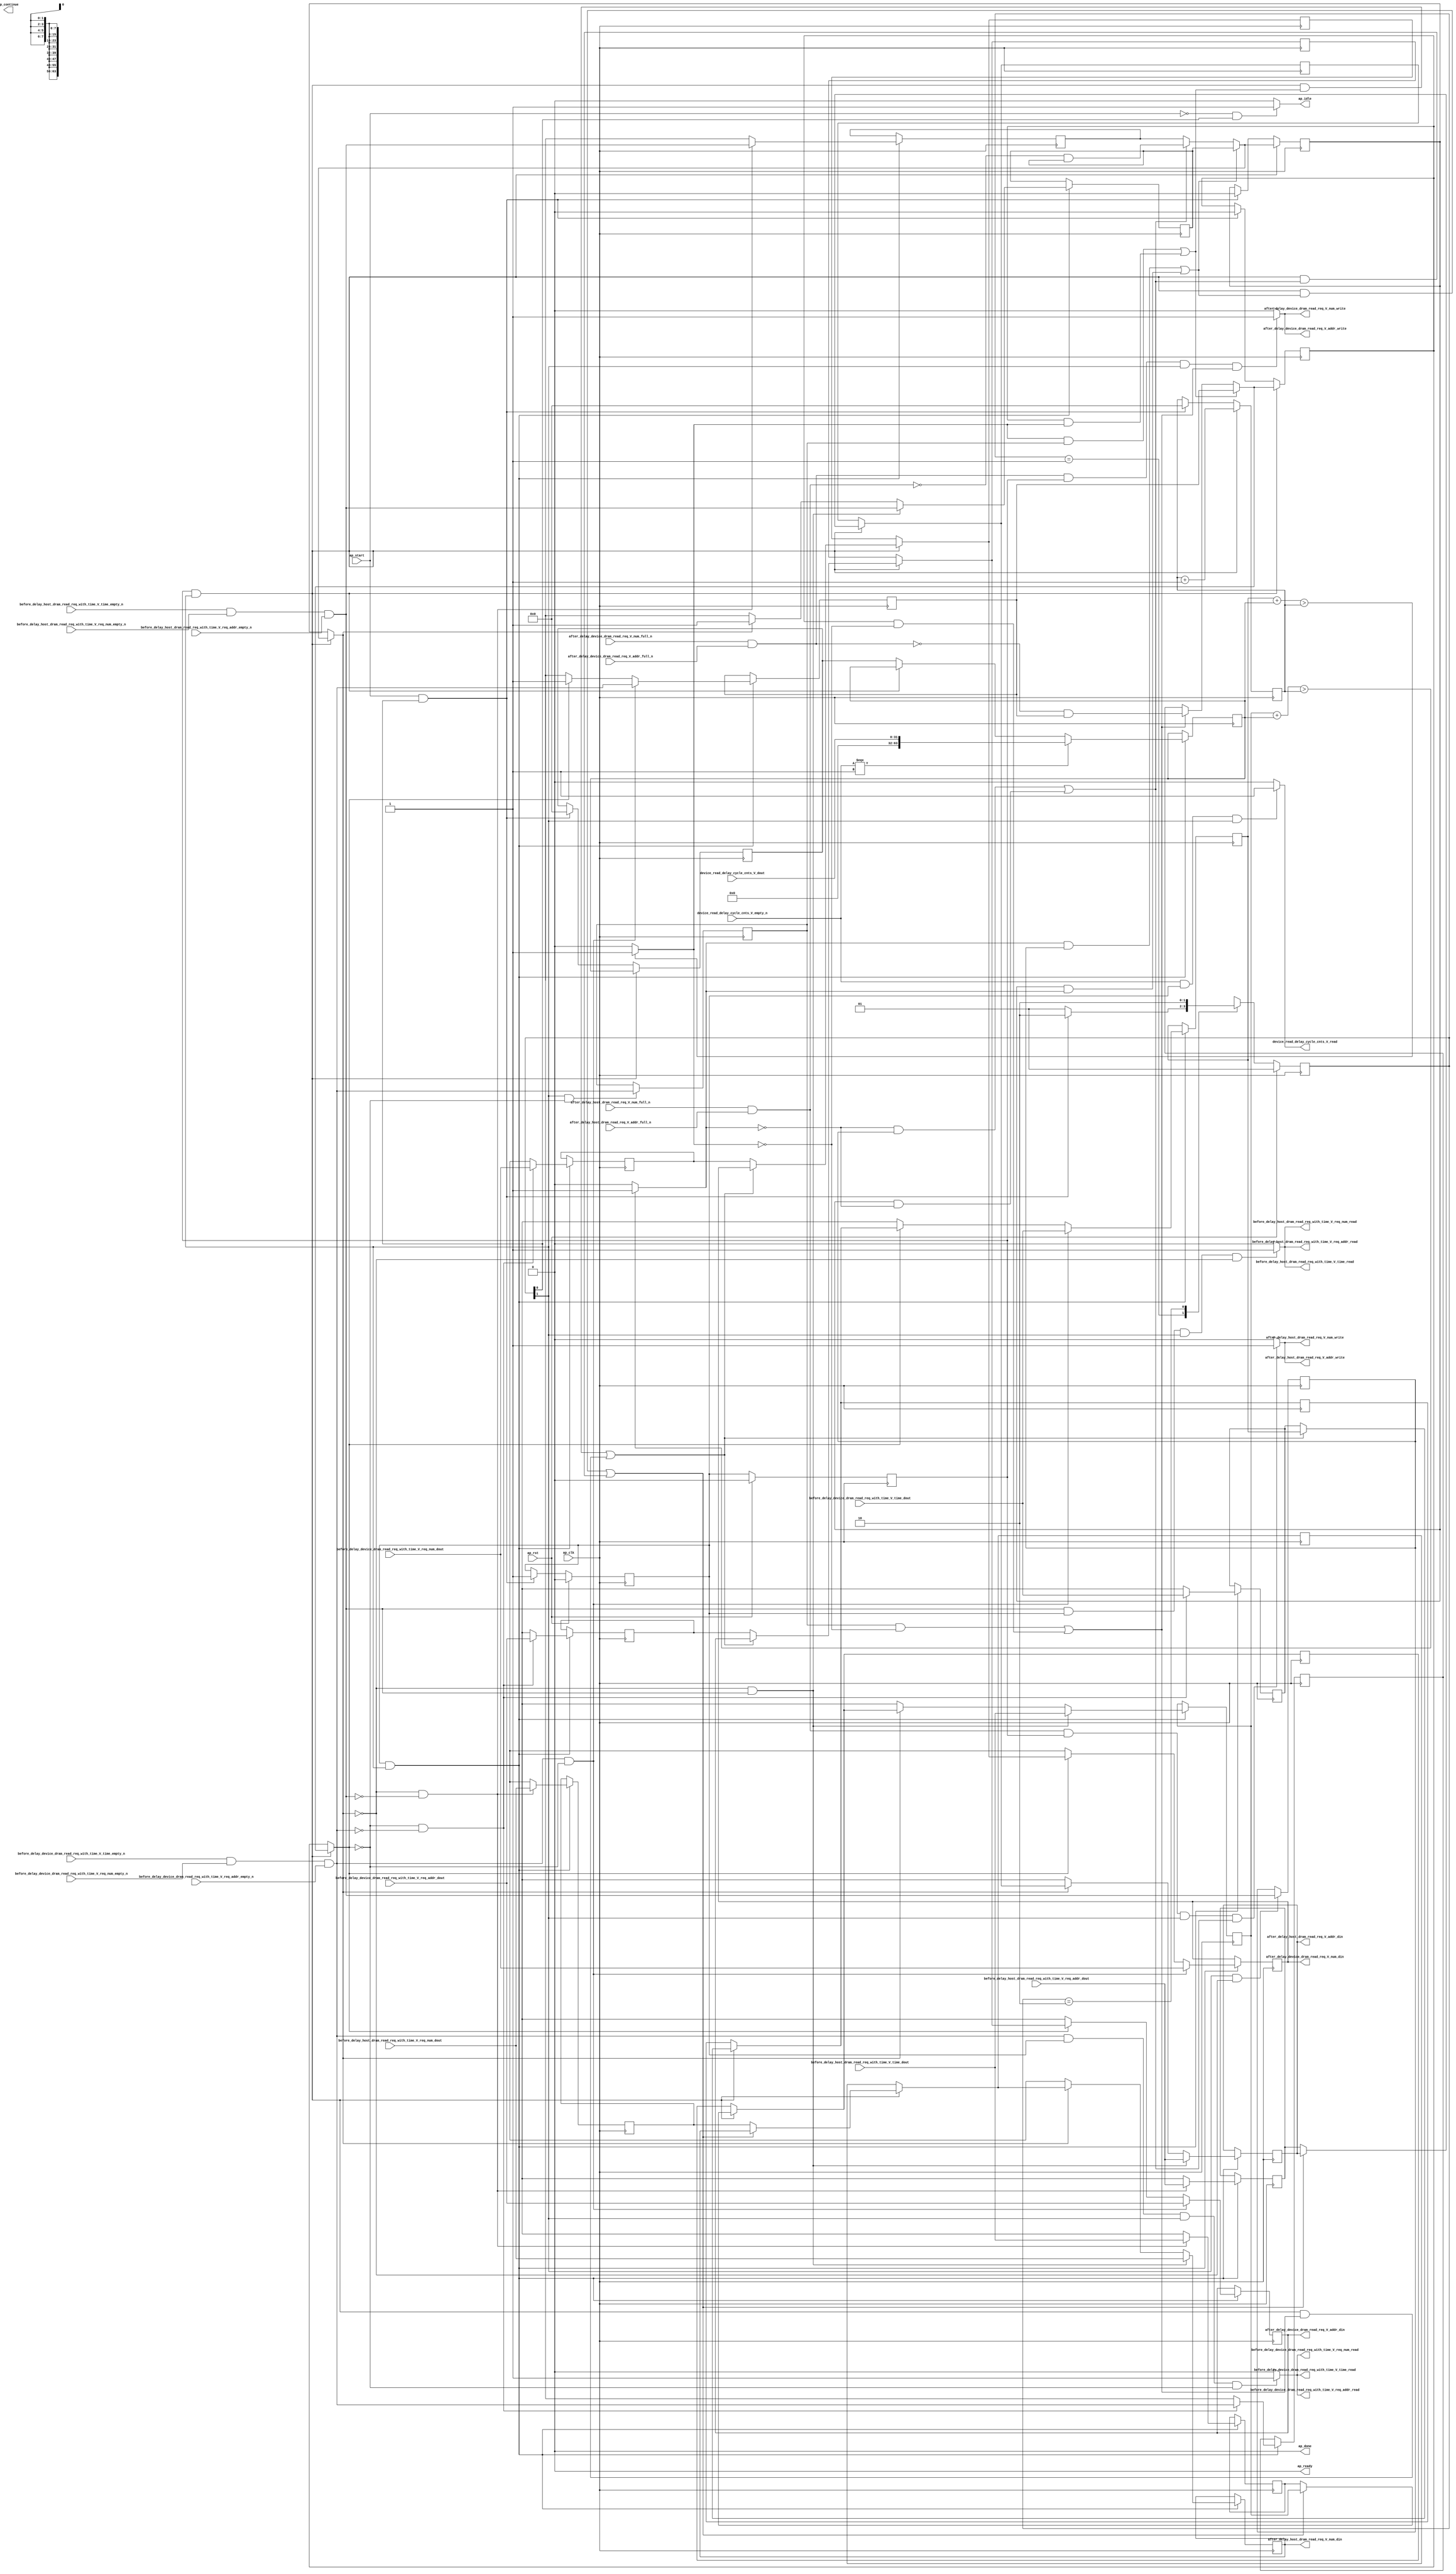
// ==============================================================
// RTL generated by Vivado(TM) HLS - High-Level Synthesis from C, C++ and SystemC
// Version: 2017.4.op
// Copyright (C) 1986-2018 Xilinx, Inc. All Rights Reserved.
// 
// ===========================================================

`timescale 1 ns / 1 ps 

(* CORE_GENERATION_INFO="dram_read_delay_unit,hls_ip_2017_4_op,{HLS_INPUT_TYPE=cxx,HLS_INPUT_FLOAT=0,HLS_INPUT_FIXED=0,HLS_INPUT_PART=xcvu9p-flgb2104-2-i,HLS_INPUT_CLOCK=4.000000,HLS_INPUT_ARCH=others,HLS_SYN_CLOCK=2.829250,HLS_SYN_LAT=-1,HLS_SYN_TPT=none,HLS_SYN_MEM=0,HLS_SYN_DSP=0,HLS_SYN_FF=1020,HLS_SYN_LUT=887}" *)

module dram_read_delay_unit (
        ap_clk,
        ap_rst,
        ap_start,
        ap_done,
ap_continue,
        ap_idle,
        ap_ready,
        device_read_delay_cycle_cnts_V_dout,
        device_read_delay_cycle_cnts_V_empty_n,
        device_read_delay_cycle_cnts_V_read,
        before_delay_host_dram_read_req_with_time_V_req_num_dout,
        before_delay_host_dram_read_req_with_time_V_req_num_empty_n,
        before_delay_host_dram_read_req_with_time_V_req_num_read,
        before_delay_host_dram_read_req_with_time_V_req_addr_dout,
        before_delay_host_dram_read_req_with_time_V_req_addr_empty_n,
        before_delay_host_dram_read_req_with_time_V_req_addr_read,
        before_delay_host_dram_read_req_with_time_V_time_dout,
        before_delay_host_dram_read_req_with_time_V_time_empty_n,
        before_delay_host_dram_read_req_with_time_V_time_read,
        after_delay_host_dram_read_req_V_num_din,
        after_delay_host_dram_read_req_V_num_full_n,
        after_delay_host_dram_read_req_V_num_write,
        after_delay_host_dram_read_req_V_addr_din,
        after_delay_host_dram_read_req_V_addr_full_n,
        after_delay_host_dram_read_req_V_addr_write,
        before_delay_device_dram_read_req_with_time_V_req_num_dout,
        before_delay_device_dram_read_req_with_time_V_req_num_empty_n,
        before_delay_device_dram_read_req_with_time_V_req_num_read,
        before_delay_device_dram_read_req_with_time_V_req_addr_dout,
        before_delay_device_dram_read_req_with_time_V_req_addr_empty_n,
        before_delay_device_dram_read_req_with_time_V_req_addr_read,
        before_delay_device_dram_read_req_with_time_V_time_dout,
        before_delay_device_dram_read_req_with_time_V_time_empty_n,
        before_delay_device_dram_read_req_with_time_V_time_read,
        after_delay_device_dram_read_req_V_num_din,
        after_delay_device_dram_read_req_V_num_full_n,
        after_delay_device_dram_read_req_V_num_write,
        after_delay_device_dram_read_req_V_addr_din,
        after_delay_device_dram_read_req_V_addr_full_n,
        after_delay_device_dram_read_req_V_addr_write
);

parameter    ap_ST_fsm_state1 = 2'd1;
parameter    ap_ST_fsm_pp0_stage0 = 2'd2;

input   ap_clk;
input   ap_rst;
input   ap_start;
output   ap_done;
output   ap_idle;
output ap_ready; output ap_continue;
input  [31:0] device_read_delay_cycle_cnts_V_dout;
input   device_read_delay_cycle_cnts_V_empty_n;
output   device_read_delay_cycle_cnts_V_read;
input  [7:0] before_delay_host_dram_read_req_with_time_V_req_num_dout;
input   before_delay_host_dram_read_req_with_time_V_req_num_empty_n;
output   before_delay_host_dram_read_req_with_time_V_req_num_read;
input  [63:0] before_delay_host_dram_read_req_with_time_V_req_addr_dout;
input   before_delay_host_dram_read_req_with_time_V_req_addr_empty_n;
output   before_delay_host_dram_read_req_with_time_V_req_addr_read;
input  [63:0] before_delay_host_dram_read_req_with_time_V_time_dout;
input   before_delay_host_dram_read_req_with_time_V_time_empty_n;
output   before_delay_host_dram_read_req_with_time_V_time_read;
output  [7:0] after_delay_host_dram_read_req_V_num_din;
input   after_delay_host_dram_read_req_V_num_full_n;
output   after_delay_host_dram_read_req_V_num_write;
output  [63:0] after_delay_host_dram_read_req_V_addr_din;
input   after_delay_host_dram_read_req_V_addr_full_n;
output   after_delay_host_dram_read_req_V_addr_write;
input  [7:0] before_delay_device_dram_read_req_with_time_V_req_num_dout;
input   before_delay_device_dram_read_req_with_time_V_req_num_empty_n;
output   before_delay_device_dram_read_req_with_time_V_req_num_read;
input  [63:0] before_delay_device_dram_read_req_with_time_V_req_addr_dout;
input   before_delay_device_dram_read_req_with_time_V_req_addr_empty_n;
output   before_delay_device_dram_read_req_with_time_V_req_addr_read;
input  [63:0] before_delay_device_dram_read_req_with_time_V_time_dout;
input   before_delay_device_dram_read_req_with_time_V_time_empty_n;
output   before_delay_device_dram_read_req_with_time_V_time_read;
output  [7:0] after_delay_device_dram_read_req_V_num_din;
input   after_delay_device_dram_read_req_V_num_full_n;
output   after_delay_device_dram_read_req_V_num_write;
output  [63:0] after_delay_device_dram_read_req_V_addr_din;
input   after_delay_device_dram_read_req_V_addr_full_n;
output   after_delay_device_dram_read_req_V_addr_write;

reg ap_idle;
reg device_read_delay_cycle_cnts_V_read;

(* fsm_encoding = "none" *) reg   [1:0] ap_CS_fsm;
wire    ap_CS_fsm_state1;
reg   [63:0] p_010_1_s_reg_248;
reg   [63:0] p_010_0_1_s_reg_260;
reg   [7:0] p_010_0_0_s_reg_272;
reg   [63:0] p_011_1_s_reg_284;
reg   [63:0] p_011_0_1_s_reg_296;
reg   [7:0] p_011_0_0_s_reg_308;
reg   [63:0] delay_cycle_cnt_reg_320;
reg   [0:0] valid_host_read_req_with_time_reg_331;
reg   [0:0] valid_device_read_req_with_time_reg_343;
reg   [63:0] time_reg_355;
wire   [63:0] delay_cycle_cnt_1_fu_580_p3;
reg   [63:0] delay_cycle_cnt_1_reg_674;
wire    ap_CS_fsm_pp0_stage0;
reg    ap_enable_reg_pp0_iter0;
wire    ap_block_state2_pp0_stage0_iter0;
wire    ap_block_state3_pp0_stage0_iter1;
wire    ap_block_pp0_stage0_11001;
wire   [0:0] empty_n_5_fu_588_p1;
reg   [0:0] empty_n_5_reg_681;
reg   [0:0] ap_phi_mux_valid_host_read_req_with_time_phi_fu_335_p4;
wire   [0:0] empty_n_6_fu_604_p1;
reg   [0:0] empty_n_6_reg_705;
reg   [0:0] ap_phi_mux_valid_device_read_req_with_time_phi_fu_347_p4;
wire   [63:0] time_1_fu_620_p2;
reg    ap_enable_reg_pp0_iter1;
wire    ap_block_pp0_stage0_subdone;
reg   [63:0] ap_phi_mux_p_010_1_2_phi_fu_513_p6;
reg   [63:0] ap_phi_mux_p_010_1_s_phi_fu_252_p4;
wire    ap_block_pp0_stage0;
reg   [63:0] ap_phi_mux_p_010_0_1_2_phi_fu_528_p6;
reg   [63:0] ap_phi_mux_p_010_0_1_s_phi_fu_264_p4;
reg   [7:0] ap_phi_mux_p_010_0_0_2_phi_fu_543_p6;
reg   [7:0] ap_phi_mux_p_010_0_0_s_phi_fu_276_p4;
reg   [63:0] ap_phi_mux_p_011_1_2_phi_fu_412_p6;
reg   [63:0] ap_phi_mux_p_011_1_s_phi_fu_288_p4;
reg   [63:0] ap_phi_mux_p_011_0_1_2_phi_fu_427_p6;
reg   [63:0] ap_phi_mux_p_011_0_1_s_phi_fu_300_p4;
reg   [7:0] ap_phi_mux_p_011_0_0_2_phi_fu_442_p6;
reg   [7:0] ap_phi_mux_p_011_0_0_s_phi_fu_312_p4;
reg   [63:0] ap_phi_mux_delay_cycle_cnt_phi_fu_324_p4;
reg   [0:0] ap_phi_mux_valid_host_read_req_with_time_4_phi_fu_457_p6;
reg   [0:0] ap_phi_mux_valid_device_read_req_with_time_4_phi_fu_558_p6;
wire   [63:0] ap_phi_reg_pp0_iter0_p_011_1_1_reg_366;
reg   [63:0] ap_phi_reg_pp0_iter1_p_011_1_1_reg_366;
wire   [63:0] ap_phi_reg_pp0_iter0_tmp_addr_reg_376;
reg   [63:0] ap_phi_reg_pp0_iter1_tmp_addr_reg_376;
wire   [7:0] ap_phi_reg_pp0_iter0_tmp_num_reg_387;
reg   [7:0] ap_phi_reg_pp0_iter1_tmp_num_reg_387;
wire   [0:0] ap_phi_reg_pp0_iter0_valid_host_read_req_with_time_1_reg_398;
reg   [0:0] ap_phi_reg_pp0_iter1_valid_host_read_req_with_time_1_reg_398;
reg   [63:0] ap_phi_reg_pp0_iter1_p_011_1_2_reg_408;
wire   [0:0] tmp_4_fu_631_p2;
wire   [63:0] ap_phi_reg_pp0_iter0_p_011_1_2_reg_408;
reg   [63:0] ap_phi_reg_pp0_iter1_p_011_0_1_2_reg_423;
wire   [63:0] ap_phi_reg_pp0_iter0_p_011_0_1_2_reg_423;
reg   [7:0] ap_phi_reg_pp0_iter1_p_011_0_0_2_reg_438;
wire   [7:0] ap_phi_reg_pp0_iter0_p_011_0_0_2_reg_438;
wire   [0:0] p_valid_host_read_req_with_time_1_fu_643_p2;
reg   [0:0] ap_phi_reg_pp0_iter1_valid_host_read_req_with_time_4_reg_453;
wire   [0:0] ap_phi_reg_pp0_iter0_valid_host_read_req_with_time_4_reg_453;
wire   [63:0] ap_phi_reg_pp0_iter0_p_010_1_1_reg_467;
reg   [63:0] ap_phi_reg_pp0_iter1_p_010_1_1_reg_467;
wire   [63:0] ap_phi_reg_pp0_iter0_tmp_addr_1_reg_477;
reg   [63:0] ap_phi_reg_pp0_iter1_tmp_addr_1_reg_477;
wire   [7:0] ap_phi_reg_pp0_iter0_tmp_num_1_reg_488;
reg   [7:0] ap_phi_reg_pp0_iter1_tmp_num_1_reg_488;
wire   [0:0] ap_phi_reg_pp0_iter0_valid_device_read_req_with_time_1_reg_499;
reg   [0:0] ap_phi_reg_pp0_iter1_valid_device_read_req_with_time_1_reg_499;
reg   [63:0] ap_phi_reg_pp0_iter1_p_010_1_2_reg_509;
wire   [0:0] tmp_8_fu_655_p2;
wire   [63:0] ap_phi_reg_pp0_iter0_p_010_1_2_reg_509;
reg   [63:0] ap_phi_reg_pp0_iter1_p_010_0_1_2_reg_524;
wire   [63:0] ap_phi_reg_pp0_iter0_p_010_0_1_2_reg_524;
reg   [7:0] ap_phi_reg_pp0_iter1_p_010_0_0_2_reg_539;
wire   [7:0] ap_phi_reg_pp0_iter0_p_010_0_0_2_reg_539;
wire   [0:0] p_valid_device_read_req_with_time_1_fu_667_p2;
reg   [0:0] ap_phi_reg_pp0_iter1_valid_device_read_req_with_time_4_reg_554;
wire   [0:0] ap_phi_reg_pp0_iter0_valid_device_read_req_with_time_4_reg_554;
reg    before_delay_host_dram_read_req_with_time_V_time0_update;
wire   [0:0] empty_n_3_nbread_fu_208_p4_0;
reg    before_delay_device_dram_read_req_with_time_V_time0_update;
wire   [0:0] empty_n_4_nbread_fu_218_p4_0;
reg    after_delay_host_dram_read_req_V_num1_update;
wire   [0:0] full_n_nbwrite_fu_228_p5;
wire    ap_block_pp0_stage0_01001;
reg    after_delay_device_dram_read_req_V_num1_update;
wire   [0:0] full_n_1_nbwrite_fu_238_p5;
wire   [0:0] delay_cycle_cnt_1_fu_580_p0;
wire   [63:0] delay_cycle_cnt_2_fu_576_p1;
wire   [63:0] tmp_3_fu_626_p2;
wire   [0:0] not_full_n_i_fu_637_p2;
wire   [63:0] tmp_7_fu_650_p2;
wire   [0:0] not_full_n_i7_fu_661_p2;
reg   [1:0] ap_NS_fsm;
reg    ap_idle_pp0;
wire    ap_enable_pp0;
reg    ap_condition_262;
reg    ap_condition_272;
reg    ap_condition_175;
reg    ap_condition_216;
reg    ap_condition_226;
reg    ap_condition_134;

// power-on initialization
initial begin
#0 ap_CS_fsm = 2'd1;
#0 ap_enable_reg_pp0_iter0 = 1'b0;
#0 ap_enable_reg_pp0_iter1 = 1'b0;
end

always @ (posedge ap_clk) begin
    if (ap_rst == 1'b1) begin
        ap_CS_fsm <= ap_ST_fsm_state1;
    end else begin
        ap_CS_fsm <= ap_NS_fsm;
    end
end

always @ (posedge ap_clk) begin
    if (ap_rst == 1'b1) begin
        ap_enable_reg_pp0_iter0 <= 1'b0;
    end else begin
        if (((ap_start == 1'b1) & (1'b1 == ap_CS_fsm_state1))) begin
            ap_enable_reg_pp0_iter0 <= 1'b1;
        end
    end
end

always @ (posedge ap_clk) begin
    if (ap_rst == 1'b1) begin
        ap_enable_reg_pp0_iter1 <= 1'b0;
    end else begin
        if ((1'b0 == ap_block_pp0_stage0_subdone)) begin
            ap_enable_reg_pp0_iter1 <= ap_enable_reg_pp0_iter0;
        end else if (((ap_start == 1'b1) & (1'b1 == ap_CS_fsm_state1))) begin
            ap_enable_reg_pp0_iter1 <= 1'b0;
        end
    end
end

always @ (posedge ap_clk) begin
    if ((1'b1 == ap_condition_134)) begin
        if (((ap_phi_mux_valid_device_read_req_with_time_phi_fu_347_p4 == 1'd0) & (empty_n_6_fu_604_p1 == 1'd0))) begin
            ap_phi_reg_pp0_iter1_p_010_0_0_2_reg_539 <= before_delay_device_dram_read_req_with_time_V_req_num_dout;
        end else if ((1'b1 == 1'b1)) begin
            ap_phi_reg_pp0_iter1_p_010_0_0_2_reg_539 <= ap_phi_reg_pp0_iter0_p_010_0_0_2_reg_539;
        end
    end
end

always @ (posedge ap_clk) begin
    if ((1'b1 == ap_condition_134)) begin
        if (((ap_phi_mux_valid_device_read_req_with_time_phi_fu_347_p4 == 1'd0) & (empty_n_6_fu_604_p1 == 1'd0))) begin
            ap_phi_reg_pp0_iter1_p_010_0_1_2_reg_524 <= before_delay_device_dram_read_req_with_time_V_req_addr_dout;
        end else if ((1'b1 == 1'b1)) begin
            ap_phi_reg_pp0_iter1_p_010_0_1_2_reg_524 <= ap_phi_reg_pp0_iter0_p_010_0_1_2_reg_524;
        end
    end
end

always @ (posedge ap_clk) begin
    if ((1'b1 == ap_condition_134)) begin
        if (((empty_n_6_fu_604_p1 == 1'd1) & (ap_phi_mux_valid_device_read_req_with_time_phi_fu_347_p4 == 1'd0))) begin
            ap_phi_reg_pp0_iter1_p_010_1_1_reg_467 <= before_delay_device_dram_read_req_with_time_V_time_dout;
        end else if ((ap_phi_mux_valid_device_read_req_with_time_phi_fu_347_p4 == 1'd1)) begin
            ap_phi_reg_pp0_iter1_p_010_1_1_reg_467 <= ap_phi_mux_p_010_1_s_phi_fu_252_p4;
        end else if ((1'b1 == 1'b1)) begin
            ap_phi_reg_pp0_iter1_p_010_1_1_reg_467 <= ap_phi_reg_pp0_iter0_p_010_1_1_reg_467;
        end
    end
end

always @ (posedge ap_clk) begin
    if ((1'b1 == ap_condition_134)) begin
        if (((ap_phi_mux_valid_device_read_req_with_time_phi_fu_347_p4 == 1'd0) & (empty_n_6_fu_604_p1 == 1'd0))) begin
            ap_phi_reg_pp0_iter1_p_010_1_2_reg_509 <= before_delay_device_dram_read_req_with_time_V_time_dout;
        end else if ((1'b1 == 1'b1)) begin
            ap_phi_reg_pp0_iter1_p_010_1_2_reg_509 <= ap_phi_reg_pp0_iter0_p_010_1_2_reg_509;
        end
    end
end

always @ (posedge ap_clk) begin
    if ((1'b1 == ap_condition_134)) begin
        if (((ap_phi_mux_valid_host_read_req_with_time_phi_fu_335_p4 == 1'd0) & (empty_n_5_fu_588_p1 == 1'd0))) begin
            ap_phi_reg_pp0_iter1_p_011_0_0_2_reg_438 <= before_delay_host_dram_read_req_with_time_V_req_num_dout;
        end else if ((1'b1 == 1'b1)) begin
            ap_phi_reg_pp0_iter1_p_011_0_0_2_reg_438 <= ap_phi_reg_pp0_iter0_p_011_0_0_2_reg_438;
        end
    end
end

always @ (posedge ap_clk) begin
    if ((1'b1 == ap_condition_134)) begin
        if (((ap_phi_mux_valid_host_read_req_with_time_phi_fu_335_p4 == 1'd0) & (empty_n_5_fu_588_p1 == 1'd0))) begin
            ap_phi_reg_pp0_iter1_p_011_0_1_2_reg_423 <= before_delay_host_dram_read_req_with_time_V_req_addr_dout;
        end else if ((1'b1 == 1'b1)) begin
            ap_phi_reg_pp0_iter1_p_011_0_1_2_reg_423 <= ap_phi_reg_pp0_iter0_p_011_0_1_2_reg_423;
        end
    end
end

always @ (posedge ap_clk) begin
    if ((1'b1 == ap_condition_134)) begin
        if (((ap_phi_mux_valid_host_read_req_with_time_phi_fu_335_p4 == 1'd0) & (empty_n_5_fu_588_p1 == 1'd1))) begin
            ap_phi_reg_pp0_iter1_p_011_1_1_reg_366 <= before_delay_host_dram_read_req_with_time_V_time_dout;
        end else if ((ap_phi_mux_valid_host_read_req_with_time_phi_fu_335_p4 == 1'd1)) begin
            ap_phi_reg_pp0_iter1_p_011_1_1_reg_366 <= ap_phi_mux_p_011_1_s_phi_fu_288_p4;
        end else if ((1'b1 == 1'b1)) begin
            ap_phi_reg_pp0_iter1_p_011_1_1_reg_366 <= ap_phi_reg_pp0_iter0_p_011_1_1_reg_366;
        end
    end
end

always @ (posedge ap_clk) begin
    if ((1'b1 == ap_condition_134)) begin
        if (((ap_phi_mux_valid_host_read_req_with_time_phi_fu_335_p4 == 1'd0) & (empty_n_5_fu_588_p1 == 1'd0))) begin
            ap_phi_reg_pp0_iter1_p_011_1_2_reg_408 <= before_delay_host_dram_read_req_with_time_V_time_dout;
        end else if ((1'b1 == 1'b1)) begin
            ap_phi_reg_pp0_iter1_p_011_1_2_reg_408 <= ap_phi_reg_pp0_iter0_p_011_1_2_reg_408;
        end
    end
end

always @ (posedge ap_clk) begin
    if ((1'b1 == ap_condition_134)) begin
        if (((empty_n_6_fu_604_p1 == 1'd1) & (ap_phi_mux_valid_device_read_req_with_time_phi_fu_347_p4 == 1'd0))) begin
            ap_phi_reg_pp0_iter1_tmp_addr_1_reg_477 <= before_delay_device_dram_read_req_with_time_V_req_addr_dout;
        end else if ((ap_phi_mux_valid_device_read_req_with_time_phi_fu_347_p4 == 1'd1)) begin
            ap_phi_reg_pp0_iter1_tmp_addr_1_reg_477 <= ap_phi_mux_p_010_0_1_s_phi_fu_264_p4;
        end else if ((1'b1 == 1'b1)) begin
            ap_phi_reg_pp0_iter1_tmp_addr_1_reg_477 <= ap_phi_reg_pp0_iter0_tmp_addr_1_reg_477;
        end
    end
end

always @ (posedge ap_clk) begin
    if ((1'b1 == ap_condition_134)) begin
        if (((ap_phi_mux_valid_host_read_req_with_time_phi_fu_335_p4 == 1'd0) & (empty_n_5_fu_588_p1 == 1'd1))) begin
            ap_phi_reg_pp0_iter1_tmp_addr_reg_376 <= before_delay_host_dram_read_req_with_time_V_req_addr_dout;
        end else if ((ap_phi_mux_valid_host_read_req_with_time_phi_fu_335_p4 == 1'd1)) begin
            ap_phi_reg_pp0_iter1_tmp_addr_reg_376 <= ap_phi_mux_p_011_0_1_s_phi_fu_300_p4;
        end else if ((1'b1 == 1'b1)) begin
            ap_phi_reg_pp0_iter1_tmp_addr_reg_376 <= ap_phi_reg_pp0_iter0_tmp_addr_reg_376;
        end
    end
end

always @ (posedge ap_clk) begin
    if ((1'b1 == ap_condition_134)) begin
        if (((empty_n_6_fu_604_p1 == 1'd1) & (ap_phi_mux_valid_device_read_req_with_time_phi_fu_347_p4 == 1'd0))) begin
            ap_phi_reg_pp0_iter1_tmp_num_1_reg_488 <= before_delay_device_dram_read_req_with_time_V_req_num_dout;
        end else if ((ap_phi_mux_valid_device_read_req_with_time_phi_fu_347_p4 == 1'd1)) begin
            ap_phi_reg_pp0_iter1_tmp_num_1_reg_488 <= ap_phi_mux_p_010_0_0_s_phi_fu_276_p4;
        end else if ((1'b1 == 1'b1)) begin
            ap_phi_reg_pp0_iter1_tmp_num_1_reg_488 <= ap_phi_reg_pp0_iter0_tmp_num_1_reg_488;
        end
    end
end

always @ (posedge ap_clk) begin
    if ((1'b1 == ap_condition_134)) begin
        if (((ap_phi_mux_valid_host_read_req_with_time_phi_fu_335_p4 == 1'd0) & (empty_n_5_fu_588_p1 == 1'd1))) begin
            ap_phi_reg_pp0_iter1_tmp_num_reg_387 <= before_delay_host_dram_read_req_with_time_V_req_num_dout;
        end else if ((ap_phi_mux_valid_host_read_req_with_time_phi_fu_335_p4 == 1'd1)) begin
            ap_phi_reg_pp0_iter1_tmp_num_reg_387 <= ap_phi_mux_p_011_0_0_s_phi_fu_312_p4;
        end else if ((1'b1 == 1'b1)) begin
            ap_phi_reg_pp0_iter1_tmp_num_reg_387 <= ap_phi_reg_pp0_iter0_tmp_num_reg_387;
        end
    end
end

always @ (posedge ap_clk) begin
    if ((1'b1 == ap_condition_134)) begin
        if (((empty_n_6_fu_604_p1 == 1'd1) & (ap_phi_mux_valid_device_read_req_with_time_phi_fu_347_p4 == 1'd0))) begin
            ap_phi_reg_pp0_iter1_valid_device_read_req_with_time_1_reg_499 <= empty_n_4_nbread_fu_218_p4_0;
        end else if ((ap_phi_mux_valid_device_read_req_with_time_phi_fu_347_p4 == 1'd1)) begin
            ap_phi_reg_pp0_iter1_valid_device_read_req_with_time_1_reg_499 <= ap_phi_mux_valid_device_read_req_with_time_phi_fu_347_p4;
        end else if ((1'b1 == 1'b1)) begin
            ap_phi_reg_pp0_iter1_valid_device_read_req_with_time_1_reg_499 <= ap_phi_reg_pp0_iter0_valid_device_read_req_with_time_1_reg_499;
        end
    end
end

always @ (posedge ap_clk) begin
    if ((1'b1 == ap_condition_134)) begin
        if (((ap_phi_mux_valid_device_read_req_with_time_phi_fu_347_p4 == 1'd0) & (empty_n_6_fu_604_p1 == 1'd0))) begin
            ap_phi_reg_pp0_iter1_valid_device_read_req_with_time_4_reg_554 <= empty_n_4_nbread_fu_218_p4_0;
        end else if ((1'b1 == 1'b1)) begin
            ap_phi_reg_pp0_iter1_valid_device_read_req_with_time_4_reg_554 <= ap_phi_reg_pp0_iter0_valid_device_read_req_with_time_4_reg_554;
        end
    end
end

always @ (posedge ap_clk) begin
    if ((1'b1 == ap_condition_134)) begin
        if (((ap_phi_mux_valid_host_read_req_with_time_phi_fu_335_p4 == 1'd0) & (empty_n_5_fu_588_p1 == 1'd1))) begin
            ap_phi_reg_pp0_iter1_valid_host_read_req_with_time_1_reg_398 <= empty_n_3_nbread_fu_208_p4_0;
        end else if ((ap_phi_mux_valid_host_read_req_with_time_phi_fu_335_p4 == 1'd1)) begin
            ap_phi_reg_pp0_iter1_valid_host_read_req_with_time_1_reg_398 <= ap_phi_mux_valid_host_read_req_with_time_phi_fu_335_p4;
        end else if ((1'b1 == 1'b1)) begin
            ap_phi_reg_pp0_iter1_valid_host_read_req_with_time_1_reg_398 <= ap_phi_reg_pp0_iter0_valid_host_read_req_with_time_1_reg_398;
        end
    end
end

always @ (posedge ap_clk) begin
    if ((1'b1 == ap_condition_134)) begin
        if (((ap_phi_mux_valid_host_read_req_with_time_phi_fu_335_p4 == 1'd0) & (empty_n_5_fu_588_p1 == 1'd0))) begin
            ap_phi_reg_pp0_iter1_valid_host_read_req_with_time_4_reg_453 <= empty_n_3_nbread_fu_208_p4_0;
        end else if ((1'b1 == 1'b1)) begin
            ap_phi_reg_pp0_iter1_valid_host_read_req_with_time_4_reg_453 <= ap_phi_reg_pp0_iter0_valid_host_read_req_with_time_4_reg_453;
        end
    end
end

always @ (posedge ap_clk) begin
    if (((ap_enable_reg_pp0_iter1 == 1'b1) & (1'b1 == ap_CS_fsm_pp0_stage0) & (1'b0 == ap_block_pp0_stage0_11001))) begin
        delay_cycle_cnt_reg_320 <= delay_cycle_cnt_1_reg_674;
    end else if (((ap_start == 1'b1) & (1'b1 == ap_CS_fsm_state1))) begin
        delay_cycle_cnt_reg_320 <= 64'd0;
    end
end

always @ (posedge ap_clk) begin
    if (((ap_enable_reg_pp0_iter1 == 1'b1) & (1'b1 == ap_CS_fsm_pp0_stage0) & (1'b0 == ap_block_pp0_stage0_11001))) begin
        time_reg_355 <= time_1_fu_620_p2;
    end else if (((ap_start == 1'b1) & (1'b1 == ap_CS_fsm_state1))) begin
        time_reg_355 <= 64'd0;
    end
end

always @ (posedge ap_clk) begin
    if (((ap_enable_reg_pp0_iter1 == 1'b1) & (1'b1 == ap_CS_fsm_pp0_stage0) & (1'b0 == ap_block_pp0_stage0_11001))) begin
        valid_device_read_req_with_time_reg_343 <= ap_phi_mux_valid_device_read_req_with_time_4_phi_fu_558_p6;
    end else if (((ap_start == 1'b1) & (1'b1 == ap_CS_fsm_state1))) begin
        valid_device_read_req_with_time_reg_343 <= 1'd0;
    end
end

always @ (posedge ap_clk) begin
    if (((ap_enable_reg_pp0_iter1 == 1'b1) & (1'b1 == ap_CS_fsm_pp0_stage0) & (1'b0 == ap_block_pp0_stage0_11001))) begin
        valid_host_read_req_with_time_reg_331 <= ap_phi_mux_valid_host_read_req_with_time_4_phi_fu_457_p6;
    end else if (((ap_start == 1'b1) & (1'b1 == ap_CS_fsm_state1))) begin
        valid_host_read_req_with_time_reg_331 <= 1'd0;
    end
end

always @ (posedge ap_clk) begin
    if (((ap_enable_reg_pp0_iter0 == 1'b1) & (1'b1 == ap_CS_fsm_pp0_stage0) & (1'b0 == ap_block_pp0_stage0_11001))) begin
        delay_cycle_cnt_1_reg_674 <= delay_cycle_cnt_1_fu_580_p3;
    end
end

always @ (posedge ap_clk) begin
    if (((1'b1 == ap_CS_fsm_pp0_stage0) & (ap_phi_mux_valid_host_read_req_with_time_phi_fu_335_p4 == 1'd0) & (1'b0 == ap_block_pp0_stage0_11001))) begin
        empty_n_5_reg_681 <= empty_n_3_nbread_fu_208_p4_0;
    end
end

always @ (posedge ap_clk) begin
    if (((1'b1 == ap_CS_fsm_pp0_stage0) & (ap_phi_mux_valid_device_read_req_with_time_phi_fu_347_p4 == 1'd0) & (1'b0 == ap_block_pp0_stage0_11001))) begin
        empty_n_6_reg_705 <= empty_n_4_nbread_fu_218_p4_0;
    end
end

always @ (posedge ap_clk) begin
    if (((ap_enable_reg_pp0_iter1 == 1'b1) & (1'b1 == ap_CS_fsm_pp0_stage0) & (1'b0 == ap_block_pp0_stage0_11001))) begin
        p_010_0_0_s_reg_272 <= ap_phi_mux_p_010_0_0_2_phi_fu_543_p6;
        p_010_0_1_s_reg_260 <= ap_phi_mux_p_010_0_1_2_phi_fu_528_p6;
        p_010_1_s_reg_248 <= ap_phi_mux_p_010_1_2_phi_fu_513_p6;
        p_011_0_0_s_reg_308 <= ap_phi_mux_p_011_0_0_2_phi_fu_442_p6;
        p_011_0_1_s_reg_296 <= ap_phi_mux_p_011_0_1_2_phi_fu_427_p6;
        p_011_1_s_reg_284 <= ap_phi_mux_p_011_1_2_phi_fu_412_p6;
    end
end

always @ (*) begin
    if ((((after_delay_device_dram_read_req_V_num_full_n & after_delay_device_dram_read_req_V_addr_full_n) == 1'b1) & (ap_enable_reg_pp0_iter1 == 1'b1) & (1'b1 == ap_CS_fsm_pp0_stage0) & (1'b0 == ap_block_pp0_stage0_11001) & (((empty_n_6_reg_705 == 1'd1) & (tmp_8_fu_655_p2 == 1'd0)) | ((valid_device_read_req_with_time_reg_343 == 1'd1) & (tmp_8_fu_655_p2 == 1'd0))))) begin
        after_delay_device_dram_read_req_V_num1_update = 1'b1;
    end else begin
        after_delay_device_dram_read_req_V_num1_update = 1'b0;
    end
end

always @ (*) begin
    if ((((after_delay_host_dram_read_req_V_num_full_n & after_delay_host_dram_read_req_V_addr_full_n) == 1'b1) & (ap_enable_reg_pp0_iter1 == 1'b1) & (1'b1 == ap_CS_fsm_pp0_stage0) & (1'b0 == ap_block_pp0_stage0_11001) & (((tmp_4_fu_631_p2 == 1'd0) & (empty_n_5_reg_681 == 1'd1)) | ((valid_host_read_req_with_time_reg_331 == 1'd1) & (tmp_4_fu_631_p2 == 1'd0))))) begin
        after_delay_host_dram_read_req_V_num1_update = 1'b1;
    end else begin
        after_delay_host_dram_read_req_V_num1_update = 1'b0;
    end
end

always @ (*) begin
    if (((ap_start == 1'b0) & (1'b1 == ap_CS_fsm_state1))) begin
        ap_idle = 1'b1;
    end else begin
        ap_idle = 1'b0;
    end
end

always @ (*) begin
    if (((ap_enable_reg_pp0_iter1 == 1'b0) & (ap_enable_reg_pp0_iter0 == 1'b0))) begin
        ap_idle_pp0 = 1'b1;
    end else begin
        ap_idle_pp0 = 1'b0;
    end
end

always @ (*) begin
    if (((ap_enable_reg_pp0_iter1 == 1'b1) & (1'b1 == ap_CS_fsm_pp0_stage0) & (1'b0 == ap_block_pp0_stage0))) begin
        ap_phi_mux_delay_cycle_cnt_phi_fu_324_p4 = delay_cycle_cnt_1_reg_674;
    end else begin
        ap_phi_mux_delay_cycle_cnt_phi_fu_324_p4 = delay_cycle_cnt_reg_320;
    end
end

always @ (*) begin
    if ((((ap_enable_reg_pp0_iter1 == 1'b1) & (1'b1 == ap_CS_fsm_pp0_stage0) & (1'b0 == ap_block_pp0_stage0) & (((tmp_8_fu_655_p2 == 1'd1) & (empty_n_6_reg_705 == 1'd1)) | ((valid_device_read_req_with_time_reg_343 == 1'd1) & (tmp_8_fu_655_p2 == 1'd1)))) | ((ap_enable_reg_pp0_iter1 == 1'b1) & (1'b1 == ap_CS_fsm_pp0_stage0) & (1'b0 == ap_block_pp0_stage0) & (((empty_n_6_reg_705 == 1'd1) & (tmp_8_fu_655_p2 == 1'd0)) | ((valid_device_read_req_with_time_reg_343 == 1'd1) & (tmp_8_fu_655_p2 == 1'd0)))))) begin
        ap_phi_mux_p_010_0_0_2_phi_fu_543_p6 = ap_phi_reg_pp0_iter1_tmp_num_1_reg_488;
    end else begin
        ap_phi_mux_p_010_0_0_2_phi_fu_543_p6 = ap_phi_reg_pp0_iter1_p_010_0_0_2_reg_539;
    end
end

always @ (*) begin
    if (((ap_enable_reg_pp0_iter1 == 1'b1) & (1'b1 == ap_CS_fsm_pp0_stage0) & (1'b0 == ap_block_pp0_stage0))) begin
        ap_phi_mux_p_010_0_0_s_phi_fu_276_p4 = ap_phi_mux_p_010_0_0_2_phi_fu_543_p6;
    end else begin
        ap_phi_mux_p_010_0_0_s_phi_fu_276_p4 = p_010_0_0_s_reg_272;
    end
end

always @ (*) begin
    if ((((ap_enable_reg_pp0_iter1 == 1'b1) & (1'b1 == ap_CS_fsm_pp0_stage0) & (1'b0 == ap_block_pp0_stage0) & (((tmp_8_fu_655_p2 == 1'd1) & (empty_n_6_reg_705 == 1'd1)) | ((valid_device_read_req_with_time_reg_343 == 1'd1) & (tmp_8_fu_655_p2 == 1'd1)))) | ((ap_enable_reg_pp0_iter1 == 1'b1) & (1'b1 == ap_CS_fsm_pp0_stage0) & (1'b0 == ap_block_pp0_stage0) & (((empty_n_6_reg_705 == 1'd1) & (tmp_8_fu_655_p2 == 1'd0)) | ((valid_device_read_req_with_time_reg_343 == 1'd1) & (tmp_8_fu_655_p2 == 1'd0)))))) begin
        ap_phi_mux_p_010_0_1_2_phi_fu_528_p6 = ap_phi_reg_pp0_iter1_tmp_addr_1_reg_477;
    end else begin
        ap_phi_mux_p_010_0_1_2_phi_fu_528_p6 = ap_phi_reg_pp0_iter1_p_010_0_1_2_reg_524;
    end
end

always @ (*) begin
    if (((ap_enable_reg_pp0_iter1 == 1'b1) & (1'b1 == ap_CS_fsm_pp0_stage0) & (1'b0 == ap_block_pp0_stage0))) begin
        ap_phi_mux_p_010_0_1_s_phi_fu_264_p4 = ap_phi_mux_p_010_0_1_2_phi_fu_528_p6;
    end else begin
        ap_phi_mux_p_010_0_1_s_phi_fu_264_p4 = p_010_0_1_s_reg_260;
    end
end

always @ (*) begin
    if ((((ap_enable_reg_pp0_iter1 == 1'b1) & (1'b1 == ap_CS_fsm_pp0_stage0) & (1'b0 == ap_block_pp0_stage0) & (((tmp_8_fu_655_p2 == 1'd1) & (empty_n_6_reg_705 == 1'd1)) | ((valid_device_read_req_with_time_reg_343 == 1'd1) & (tmp_8_fu_655_p2 == 1'd1)))) | ((ap_enable_reg_pp0_iter1 == 1'b1) & (1'b1 == ap_CS_fsm_pp0_stage0) & (1'b0 == ap_block_pp0_stage0) & (((empty_n_6_reg_705 == 1'd1) & (tmp_8_fu_655_p2 == 1'd0)) | ((valid_device_read_req_with_time_reg_343 == 1'd1) & (tmp_8_fu_655_p2 == 1'd0)))))) begin
        ap_phi_mux_p_010_1_2_phi_fu_513_p6 = ap_phi_reg_pp0_iter1_p_010_1_1_reg_467;
    end else begin
        ap_phi_mux_p_010_1_2_phi_fu_513_p6 = ap_phi_reg_pp0_iter1_p_010_1_2_reg_509;
    end
end

always @ (*) begin
    if (((ap_enable_reg_pp0_iter1 == 1'b1) & (1'b1 == ap_CS_fsm_pp0_stage0) & (1'b0 == ap_block_pp0_stage0))) begin
        ap_phi_mux_p_010_1_s_phi_fu_252_p4 = ap_phi_mux_p_010_1_2_phi_fu_513_p6;
    end else begin
        ap_phi_mux_p_010_1_s_phi_fu_252_p4 = p_010_1_s_reg_248;
    end
end

always @ (*) begin
    if ((((ap_enable_reg_pp0_iter1 == 1'b1) & (1'b1 == ap_CS_fsm_pp0_stage0) & (1'b0 == ap_block_pp0_stage0) & (((tmp_4_fu_631_p2 == 1'd1) & (empty_n_5_reg_681 == 1'd1)) | ((valid_host_read_req_with_time_reg_331 == 1'd1) & (tmp_4_fu_631_p2 == 1'd1)))) | ((ap_enable_reg_pp0_iter1 == 1'b1) & (1'b1 == ap_CS_fsm_pp0_stage0) & (1'b0 == ap_block_pp0_stage0) & (((tmp_4_fu_631_p2 == 1'd0) & (empty_n_5_reg_681 == 1'd1)) | ((valid_host_read_req_with_time_reg_331 == 1'd1) & (tmp_4_fu_631_p2 == 1'd0)))))) begin
        ap_phi_mux_p_011_0_0_2_phi_fu_442_p6 = ap_phi_reg_pp0_iter1_tmp_num_reg_387;
    end else begin
        ap_phi_mux_p_011_0_0_2_phi_fu_442_p6 = ap_phi_reg_pp0_iter1_p_011_0_0_2_reg_438;
    end
end

always @ (*) begin
    if (((ap_enable_reg_pp0_iter1 == 1'b1) & (1'b1 == ap_CS_fsm_pp0_stage0) & (1'b0 == ap_block_pp0_stage0))) begin
        ap_phi_mux_p_011_0_0_s_phi_fu_312_p4 = ap_phi_mux_p_011_0_0_2_phi_fu_442_p6;
    end else begin
        ap_phi_mux_p_011_0_0_s_phi_fu_312_p4 = p_011_0_0_s_reg_308;
    end
end

always @ (*) begin
    if ((((ap_enable_reg_pp0_iter1 == 1'b1) & (1'b1 == ap_CS_fsm_pp0_stage0) & (1'b0 == ap_block_pp0_stage0) & (((tmp_4_fu_631_p2 == 1'd1) & (empty_n_5_reg_681 == 1'd1)) | ((valid_host_read_req_with_time_reg_331 == 1'd1) & (tmp_4_fu_631_p2 == 1'd1)))) | ((ap_enable_reg_pp0_iter1 == 1'b1) & (1'b1 == ap_CS_fsm_pp0_stage0) & (1'b0 == ap_block_pp0_stage0) & (((tmp_4_fu_631_p2 == 1'd0) & (empty_n_5_reg_681 == 1'd1)) | ((valid_host_read_req_with_time_reg_331 == 1'd1) & (tmp_4_fu_631_p2 == 1'd0)))))) begin
        ap_phi_mux_p_011_0_1_2_phi_fu_427_p6 = ap_phi_reg_pp0_iter1_tmp_addr_reg_376;
    end else begin
        ap_phi_mux_p_011_0_1_2_phi_fu_427_p6 = ap_phi_reg_pp0_iter1_p_011_0_1_2_reg_423;
    end
end

always @ (*) begin
    if (((ap_enable_reg_pp0_iter1 == 1'b1) & (1'b1 == ap_CS_fsm_pp0_stage0) & (1'b0 == ap_block_pp0_stage0))) begin
        ap_phi_mux_p_011_0_1_s_phi_fu_300_p4 = ap_phi_mux_p_011_0_1_2_phi_fu_427_p6;
    end else begin
        ap_phi_mux_p_011_0_1_s_phi_fu_300_p4 = p_011_0_1_s_reg_296;
    end
end

always @ (*) begin
    if ((((ap_enable_reg_pp0_iter1 == 1'b1) & (1'b1 == ap_CS_fsm_pp0_stage0) & (1'b0 == ap_block_pp0_stage0) & (((tmp_4_fu_631_p2 == 1'd1) & (empty_n_5_reg_681 == 1'd1)) | ((valid_host_read_req_with_time_reg_331 == 1'd1) & (tmp_4_fu_631_p2 == 1'd1)))) | ((ap_enable_reg_pp0_iter1 == 1'b1) & (1'b1 == ap_CS_fsm_pp0_stage0) & (1'b0 == ap_block_pp0_stage0) & (((tmp_4_fu_631_p2 == 1'd0) & (empty_n_5_reg_681 == 1'd1)) | ((valid_host_read_req_with_time_reg_331 == 1'd1) & (tmp_4_fu_631_p2 == 1'd0)))))) begin
        ap_phi_mux_p_011_1_2_phi_fu_412_p6 = ap_phi_reg_pp0_iter1_p_011_1_1_reg_366;
    end else begin
        ap_phi_mux_p_011_1_2_phi_fu_412_p6 = ap_phi_reg_pp0_iter1_p_011_1_2_reg_408;
    end
end

always @ (*) begin
    if (((ap_enable_reg_pp0_iter1 == 1'b1) & (1'b1 == ap_CS_fsm_pp0_stage0) & (1'b0 == ap_block_pp0_stage0))) begin
        ap_phi_mux_p_011_1_s_phi_fu_288_p4 = ap_phi_mux_p_011_1_2_phi_fu_412_p6;
    end else begin
        ap_phi_mux_p_011_1_s_phi_fu_288_p4 = p_011_1_s_reg_284;
    end
end

always @ (*) begin
    if ((1'b1 == ap_condition_175)) begin
        if ((1'b1 == ap_condition_272)) begin
            ap_phi_mux_valid_device_read_req_with_time_4_phi_fu_558_p6 = ap_phi_reg_pp0_iter1_valid_device_read_req_with_time_1_reg_499;
        end else if ((1'b1 == ap_condition_262)) begin
            ap_phi_mux_valid_device_read_req_with_time_4_phi_fu_558_p6 = p_valid_device_read_req_with_time_1_fu_667_p2;
        end else begin
            ap_phi_mux_valid_device_read_req_with_time_4_phi_fu_558_p6 = ap_phi_reg_pp0_iter1_valid_device_read_req_with_time_4_reg_554;
        end
    end else begin
        ap_phi_mux_valid_device_read_req_with_time_4_phi_fu_558_p6 = ap_phi_reg_pp0_iter1_valid_device_read_req_with_time_4_reg_554;
    end
end

always @ (*) begin
    if (((ap_enable_reg_pp0_iter1 == 1'b1) & (1'b1 == ap_CS_fsm_pp0_stage0) & (1'b0 == ap_block_pp0_stage0))) begin
        ap_phi_mux_valid_device_read_req_with_time_phi_fu_347_p4 = ap_phi_mux_valid_device_read_req_with_time_4_phi_fu_558_p6;
    end else begin
        ap_phi_mux_valid_device_read_req_with_time_phi_fu_347_p4 = valid_device_read_req_with_time_reg_343;
    end
end

always @ (*) begin
    if ((1'b1 == ap_condition_175)) begin
        if ((1'b1 == ap_condition_226)) begin
            ap_phi_mux_valid_host_read_req_with_time_4_phi_fu_457_p6 = ap_phi_reg_pp0_iter1_valid_host_read_req_with_time_1_reg_398;
        end else if ((1'b1 == ap_condition_216)) begin
            ap_phi_mux_valid_host_read_req_with_time_4_phi_fu_457_p6 = p_valid_host_read_req_with_time_1_fu_643_p2;
        end else begin
            ap_phi_mux_valid_host_read_req_with_time_4_phi_fu_457_p6 = ap_phi_reg_pp0_iter1_valid_host_read_req_with_time_4_reg_453;
        end
    end else begin
        ap_phi_mux_valid_host_read_req_with_time_4_phi_fu_457_p6 = ap_phi_reg_pp0_iter1_valid_host_read_req_with_time_4_reg_453;
    end
end

always @ (*) begin
    if (((ap_enable_reg_pp0_iter1 == 1'b1) & (1'b1 == ap_CS_fsm_pp0_stage0) & (1'b0 == ap_block_pp0_stage0))) begin
        ap_phi_mux_valid_host_read_req_with_time_phi_fu_335_p4 = ap_phi_mux_valid_host_read_req_with_time_4_phi_fu_457_p6;
    end else begin
        ap_phi_mux_valid_host_read_req_with_time_phi_fu_335_p4 = valid_host_read_req_with_time_reg_331;
    end
end

always @ (*) begin
    if ((((before_delay_device_dram_read_req_with_time_V_time_empty_n & before_delay_device_dram_read_req_with_time_V_req_num_empty_n & before_delay_device_dram_read_req_with_time_V_req_addr_empty_n) == 1'b1) & (ap_enable_reg_pp0_iter0 == 1'b1) & (1'b1 == ap_CS_fsm_pp0_stage0) & (ap_phi_mux_valid_device_read_req_with_time_phi_fu_347_p4 == 1'd0) & (1'b0 == ap_block_pp0_stage0_11001))) begin
        before_delay_device_dram_read_req_with_time_V_time0_update = 1'b1;
    end else begin
        before_delay_device_dram_read_req_with_time_V_time0_update = 1'b0;
    end
end

always @ (*) begin
    if ((((before_delay_host_dram_read_req_with_time_V_time_empty_n & before_delay_host_dram_read_req_with_time_V_req_num_empty_n & before_delay_host_dram_read_req_with_time_V_req_addr_empty_n) == 1'b1) & (ap_enable_reg_pp0_iter0 == 1'b1) & (1'b1 == ap_CS_fsm_pp0_stage0) & (ap_phi_mux_valid_host_read_req_with_time_phi_fu_335_p4 == 1'd0) & (1'b0 == ap_block_pp0_stage0_11001))) begin
        before_delay_host_dram_read_req_with_time_V_time0_update = 1'b1;
    end else begin
        before_delay_host_dram_read_req_with_time_V_time0_update = 1'b0;
    end
end

always @ (*) begin
    if (((device_read_delay_cycle_cnts_V_empty_n == 1'b1) & (ap_enable_reg_pp0_iter0 == 1'b1) & (1'b1 == ap_CS_fsm_pp0_stage0) & (1'b0 == ap_block_pp0_stage0_11001))) begin
        device_read_delay_cycle_cnts_V_read = 1'b1;
    end else begin
        device_read_delay_cycle_cnts_V_read = 1'b0;
    end
end

always @ (*) begin
    case (ap_CS_fsm)
        ap_ST_fsm_state1 : begin
            if (((ap_start == 1'b1) & (1'b1 == ap_CS_fsm_state1))) begin
                ap_NS_fsm = ap_ST_fsm_pp0_stage0;
            end else begin
                ap_NS_fsm = ap_ST_fsm_state1;
            end
        end
        ap_ST_fsm_pp0_stage0 : begin
            ap_NS_fsm = ap_ST_fsm_pp0_stage0;
        end
        default : begin
            ap_NS_fsm = 'bx;
        end
    endcase
end

assign after_delay_device_dram_read_req_V_addr_din = ap_phi_reg_pp0_iter1_tmp_addr_1_reg_477;

assign after_delay_device_dram_read_req_V_addr_write = after_delay_device_dram_read_req_V_num1_update;

assign after_delay_device_dram_read_req_V_num_din = ap_phi_reg_pp0_iter1_tmp_num_1_reg_488;

assign after_delay_device_dram_read_req_V_num_write = after_delay_device_dram_read_req_V_num1_update;

assign after_delay_host_dram_read_req_V_addr_din = ap_phi_reg_pp0_iter1_tmp_addr_reg_376;

assign after_delay_host_dram_read_req_V_addr_write = after_delay_host_dram_read_req_V_num1_update;

assign after_delay_host_dram_read_req_V_num_din = ap_phi_reg_pp0_iter1_tmp_num_reg_387;

assign after_delay_host_dram_read_req_V_num_write = after_delay_host_dram_read_req_V_num1_update;

assign ap_CS_fsm_pp0_stage0 = ap_CS_fsm[32'd1];

assign ap_CS_fsm_state1 = ap_CS_fsm[32'd0];

assign ap_block_pp0_stage0 = ~(1'b1 == 1'b1);

assign ap_block_pp0_stage0_01001 = ~(1'b1 == 1'b1);

assign ap_block_pp0_stage0_11001 = ~(1'b1 == 1'b1);

assign ap_block_pp0_stage0_subdone = ~(1'b1 == 1'b1);

assign ap_block_state2_pp0_stage0_iter0 = ~(1'b1 == 1'b1);

assign ap_block_state3_pp0_stage0_iter1 = ~(1'b1 == 1'b1);

always @ (*) begin
    ap_condition_134 = ((ap_enable_reg_pp0_iter0 == 1'b1) & (1'b1 == ap_CS_fsm_pp0_stage0) & (1'b0 == ap_block_pp0_stage0_11001));
end

always @ (*) begin
    ap_condition_175 = ((ap_enable_reg_pp0_iter1 == 1'b1) & (1'b1 == ap_CS_fsm_pp0_stage0) & (1'b0 == ap_block_pp0_stage0));
end

always @ (*) begin
    ap_condition_216 = (((tmp_4_fu_631_p2 == 1'd0) & (empty_n_5_reg_681 == 1'd1)) | ((valid_host_read_req_with_time_reg_331 == 1'd1) & (tmp_4_fu_631_p2 == 1'd0)));
end

always @ (*) begin
    ap_condition_226 = (((tmp_4_fu_631_p2 == 1'd1) & (empty_n_5_reg_681 == 1'd1)) | ((valid_host_read_req_with_time_reg_331 == 1'd1) & (tmp_4_fu_631_p2 == 1'd1)));
end

always @ (*) begin
    ap_condition_262 = (((empty_n_6_reg_705 == 1'd1) & (tmp_8_fu_655_p2 == 1'd0)) | ((valid_device_read_req_with_time_reg_343 == 1'd1) & (tmp_8_fu_655_p2 == 1'd0)));
end

always @ (*) begin
    ap_condition_272 = (((tmp_8_fu_655_p2 == 1'd1) & (empty_n_6_reg_705 == 1'd1)) | ((valid_device_read_req_with_time_reg_343 == 1'd1) & (tmp_8_fu_655_p2 == 1'd1)));
end

assign ap_done = 1'b0;

assign ap_enable_pp0 = (ap_idle_pp0 ^ 1'b1);

assign ap_phi_reg_pp0_iter0_p_010_0_0_2_reg_539 = 'bx;

assign ap_phi_reg_pp0_iter0_p_010_0_1_2_reg_524 = 'bx;

assign ap_phi_reg_pp0_iter0_p_010_1_1_reg_467 = 'bx;

assign ap_phi_reg_pp0_iter0_p_010_1_2_reg_509 = 'bx;

assign ap_phi_reg_pp0_iter0_p_011_0_0_2_reg_438 = 'bx;

assign ap_phi_reg_pp0_iter0_p_011_0_1_2_reg_423 = 'bx;

assign ap_phi_reg_pp0_iter0_p_011_1_1_reg_366 = 'bx;

assign ap_phi_reg_pp0_iter0_p_011_1_2_reg_408 = 'bx;

assign ap_phi_reg_pp0_iter0_tmp_addr_1_reg_477 = 'bx;

assign ap_phi_reg_pp0_iter0_tmp_addr_reg_376 = 'bx;

assign ap_phi_reg_pp0_iter0_tmp_num_1_reg_488 = 'bx;

assign ap_phi_reg_pp0_iter0_tmp_num_reg_387 = 'bx;

assign ap_phi_reg_pp0_iter0_valid_device_read_req_with_time_1_reg_499 = 'bx;

assign ap_phi_reg_pp0_iter0_valid_device_read_req_with_time_4_reg_554 = 'bx;

assign ap_phi_reg_pp0_iter0_valid_host_read_req_with_time_1_reg_398 = 'bx;

assign ap_phi_reg_pp0_iter0_valid_host_read_req_with_time_4_reg_453 = 'bx;

assign ap_ready = 1'b0;

assign before_delay_device_dram_read_req_with_time_V_req_addr_read = before_delay_device_dram_read_req_with_time_V_time0_update;

assign before_delay_device_dram_read_req_with_time_V_req_num_read = before_delay_device_dram_read_req_with_time_V_time0_update;

assign before_delay_device_dram_read_req_with_time_V_time_read = before_delay_device_dram_read_req_with_time_V_time0_update;

assign before_delay_host_dram_read_req_with_time_V_req_addr_read = before_delay_host_dram_read_req_with_time_V_time0_update;

assign before_delay_host_dram_read_req_with_time_V_req_num_read = before_delay_host_dram_read_req_with_time_V_time0_update;

assign before_delay_host_dram_read_req_with_time_V_time_read = before_delay_host_dram_read_req_with_time_V_time0_update;

assign delay_cycle_cnt_1_fu_580_p0 = device_read_delay_cycle_cnts_V_empty_n;

assign delay_cycle_cnt_1_fu_580_p3 = ((delay_cycle_cnt_1_fu_580_p0[0:0] === 1'b1) ? delay_cycle_cnt_2_fu_576_p1 : ap_phi_mux_delay_cycle_cnt_phi_fu_324_p4);

assign delay_cycle_cnt_2_fu_576_p1 = device_read_delay_cycle_cnts_V_dout;

assign empty_n_3_nbread_fu_208_p4_0 = (before_delay_host_dram_read_req_with_time_V_time_empty_n & before_delay_host_dram_read_req_with_time_V_req_num_empty_n & before_delay_host_dram_read_req_with_time_V_req_addr_empty_n);

assign empty_n_4_nbread_fu_218_p4_0 = (before_delay_device_dram_read_req_with_time_V_time_empty_n & before_delay_device_dram_read_req_with_time_V_req_num_empty_n & before_delay_device_dram_read_req_with_time_V_req_addr_empty_n);

assign empty_n_5_fu_588_p1 = empty_n_3_nbread_fu_208_p4_0;

assign empty_n_6_fu_604_p1 = empty_n_4_nbread_fu_218_p4_0;

assign full_n_1_nbwrite_fu_238_p5 = (after_delay_device_dram_read_req_V_num_full_n & after_delay_device_dram_read_req_V_addr_full_n);

assign full_n_nbwrite_fu_228_p5 = (after_delay_host_dram_read_req_V_num_full_n & after_delay_host_dram_read_req_V_addr_full_n);

assign not_full_n_i7_fu_661_p2 = (full_n_1_nbwrite_fu_238_p5 ^ 1'd1);

assign not_full_n_i_fu_637_p2 = (full_n_nbwrite_fu_228_p5 ^ 1'd1);

assign p_valid_device_read_req_with_time_1_fu_667_p2 = (not_full_n_i7_fu_661_p2 & ap_phi_reg_pp0_iter1_valid_device_read_req_with_time_1_reg_499);

assign p_valid_host_read_req_with_time_1_fu_643_p2 = (not_full_n_i_fu_637_p2 & ap_phi_reg_pp0_iter1_valid_host_read_req_with_time_1_reg_398);

assign time_1_fu_620_p2 = (time_reg_355 + 64'd1);

assign tmp_3_fu_626_p2 = (ap_phi_reg_pp0_iter1_p_011_1_1_reg_366 + delay_cycle_cnt_1_reg_674);

assign tmp_4_fu_631_p2 = ((tmp_3_fu_626_p2 > time_reg_355) ? 1'b1 : 1'b0);

assign tmp_7_fu_650_p2 = (ap_phi_reg_pp0_iter1_p_010_1_1_reg_467 + delay_cycle_cnt_1_reg_674);

assign tmp_8_fu_655_p2 = ((tmp_7_fu_650_p2 > time_reg_355) ? 1'b1 : 1'b0);

endmodule //dram_read_delay_unit